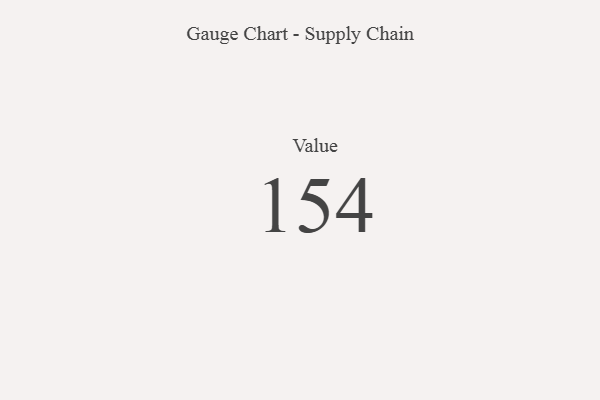
{"axis": {"x": "Metric", "y": "Value"}, "legend": [""], "data": [{"x": "Value", "y": 154, "type": ""}]}